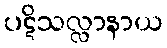
ပဋိသလ္လာနာယ